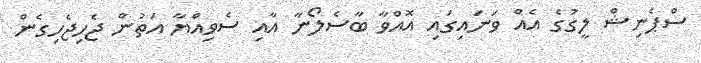
ސްޕެނިޝް ލީގުގެ އެއް ވަނައިގައި އޮއްވާ ބާސެލޯނާ އާއި ސެވިއްޔާ އަތުން ޖެހިޖެހިގެން